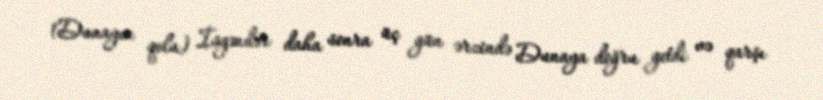
(Dunayın qolu) İsgəndər daha sonra üç gün ərzində Dunaya doğru getdi və qarşı